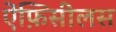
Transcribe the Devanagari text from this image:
ऐंफ़िसीलस